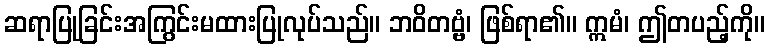
ဆရာပြုခြင်းအကြွင်းမထားပြုလုပ်သည်။ ဘဝိတဗ္ဗံ၊ ဖြစ်ရာ၏။ ဣမံ၊ ဤတပည့်ကို။